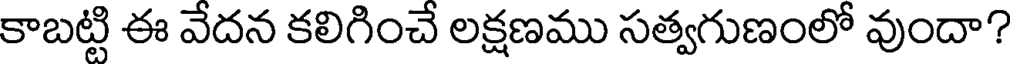
కాబట్టి ఈ వేదన కలిగించే లక్షణము సత్వగుణంలో వుందా?